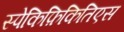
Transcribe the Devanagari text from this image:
स्पेकिफ़िकितिएस